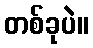
တစ်ခုပဲ။